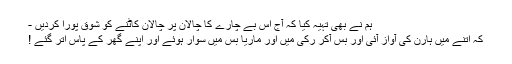
ہم نے بھی تہیہ کیا کہ آج اُس بے چارے کا چالان پر چالان کاٹنے کو شوق پورا کردیں -
کہ اتنے میں ہارن کی آواز آئی اور بس آکر رکی میں اور ماریا بس میں سوار ہوئے اور اپنے گھر کے پاس اتر گئے !